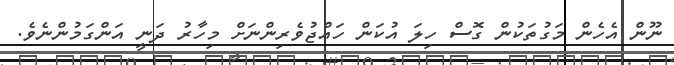
ނޫން އެހެން މަގުތަކުން ގޮސް ހިލަ އުކަން ހައްޖުވެރިންނަށް މިހާރު ދަނީ އަންގަމުންނެވެ.